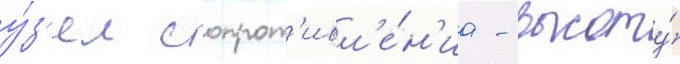
у́з'ел сопрот'ивл'е́н'иа - высоту́